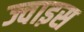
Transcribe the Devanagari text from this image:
ज्वाइस